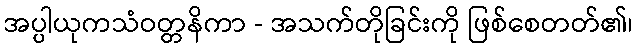
အပ္ပါယုကသံဝတ္တနိကာ - အသက်တိုခြင်းကို ဖြစ်စေတတ်၏၊